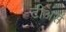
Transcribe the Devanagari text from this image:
टीअर्स